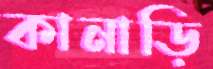
কানাড়ি